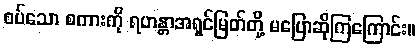
စပ်သော စကားကို ရဟန္တာအရှင်မြတ်တို့ မပြောဆိုကြကြောင်း။